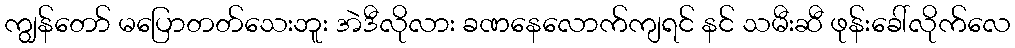
ကျွန်တော် မပြောတတ်သေးဘူး အဲဒီလိုလား ခဏနေလောက်ကျရင် နင် သမီးဆီ ဖုန်းခေါ်လိုက်လေ